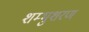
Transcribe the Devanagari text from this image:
शम्भुशरण